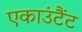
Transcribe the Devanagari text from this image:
एकाउंटैंट